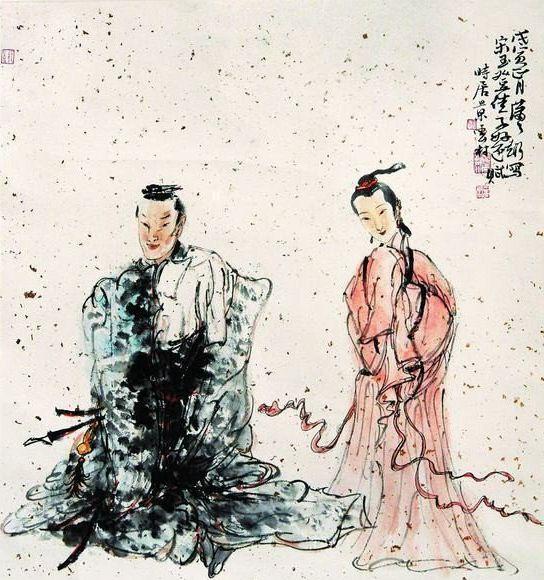
赏罚如加于身，赋敛如取已物，此爱民之道也。